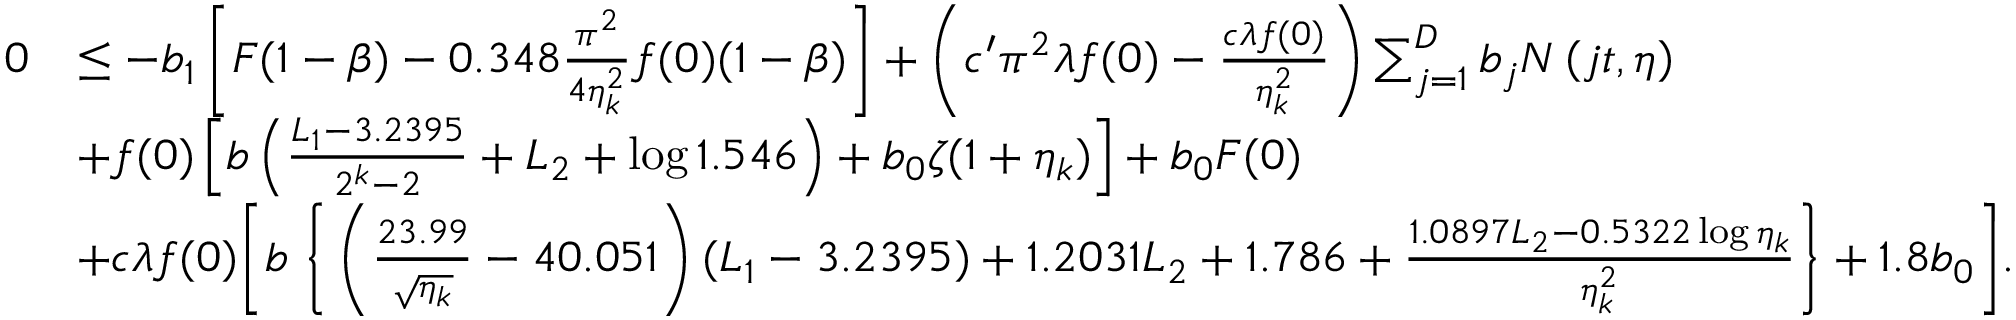
\begin{array} { r l } { 0 } & { \le - b _ { 1 } \left[ F ( 1 - \beta ) - 0 . 3 4 8 \frac { \pi ^ { 2 } } { 4 \eta _ { k } ^ { 2 } } f ( 0 ) ( 1 - \beta ) \right] + \left( c ^ { \prime } \pi ^ { 2 } \lambda f ( 0 ) - \frac { c \lambda f ( 0 ) } { \eta _ { k } ^ { 2 } } \right) \sum _ { j = 1 } ^ { D } b _ { j } N \left( j t , \eta \right) } \\ & { + f ( 0 ) \left[ b \left( \frac { L _ { 1 } - 3 . 2 3 9 5 } { 2 ^ { k } - 2 } + L _ { 2 } + \log 1 . 5 4 6 \right) + b _ { 0 } \zeta ( 1 + \eta _ { k } ) \right] + b _ { 0 } F ( 0 ) } \\ & { + c \lambda f ( 0 ) \Bigg [ b \; \bigg \{ \left( \frac { 2 3 . 9 9 } { \sqrt { \eta _ { k } } } - 4 0 . 0 5 1 \right) ( L _ { 1 } - 3 . 2 3 9 5 ) + 1 . 2 0 3 1 L _ { 2 } + 1 . 7 8 6 + \frac { 1 . 0 8 9 7 L _ { 2 } - 0 . 5 3 2 2 \log \eta _ { k } } { \eta _ { k } ^ { 2 } } \bigg \} + 1 . 8 b _ { 0 } \Bigg ] . } \end{array}